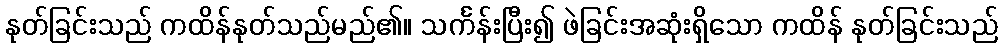
နုတ်ခြင်းသည် ကထိန်နုတ်သည်မည်၏။ သင်္ကန်းပြီး၍ ဖဲခြင်းအဆုံးရှိသော ကထိန် နုတ်ခြင်းသည်